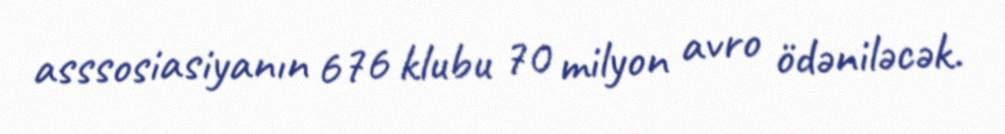
asssosiasiyanın 676 klubu 70 milyon avro ödəniləcək.